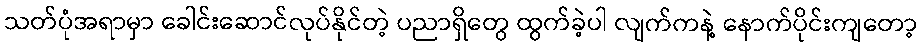
သတ်ပုံအရာမှာ ခေါင်းဆောင်လုပ်နိုင်တဲ့ ပညာရှိတွေ ထွက်ခဲ့ပါ လျက်ကနဲ့ နောက်ပိုင်းကျတော့